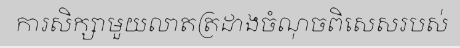
ការសិក្សាមួយលាតត្រដាងចំណុចពិសេសរបស់